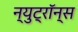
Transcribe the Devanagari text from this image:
न्युट्रॉन्स